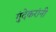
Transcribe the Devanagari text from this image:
गुंदेकरांनी